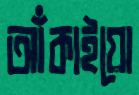
আঁকাইয়ো